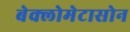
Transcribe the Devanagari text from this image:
बेक्लोमेटासोन